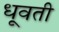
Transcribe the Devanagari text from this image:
धूवती